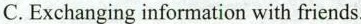
C.Exchanging information with friends.